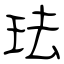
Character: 珐